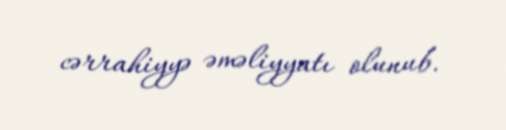
cərrahiyyə əməliyyatı olunub.